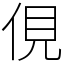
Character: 俔